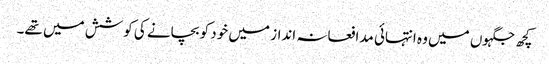
کچھ جگہوں میں وہ انتہائی مدافعانہ انداز میں خود کو بچانے کی کوشش میں تھے۔